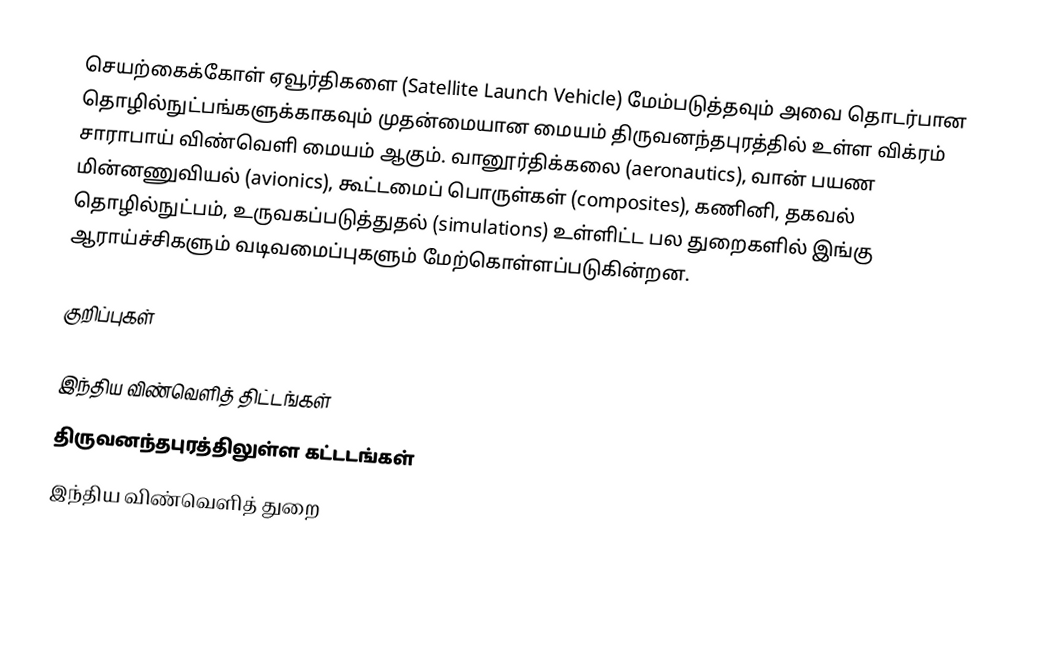
செயற்கைக்கோள் ஏவூர்திகளை (Satellite Launch Vehicle) மேம்படுத்தவும் அவை தொடர்பான தொழில்நுட்பங்களுக்காகவும் முதன்மையான மையம் திருவனந்தபுரத்தில் உள்ள விக்ரம் சாராபாய் விண்வெளி மையம் ஆகும். வானூர்திக்கலை (aeronautics), வான் பயண மின்னணுவியல் (avionics), கூட்டமைப் பொருள்கள் (composites), கணினி, தகவல் தொழில்நுட்பம், உருவகப்படுத்துதல் (simulations) உள்ளிட்ட பல துறைகளில் இங்கு ஆராய்ச்சிகளும் வடிவமைப்புகளும் மேற்கொள்ளப்படுகின்றன.

குறிப்புகள்

இந்திய விண்வெளித் திட்டங்கள்
திருவனந்தபுரத்திலுள்ள கட்டடங்கள்
இந்திய விண்வெளித் துறை